Medical and sanitary report of the native army of Bengal for the year
Year: 1878
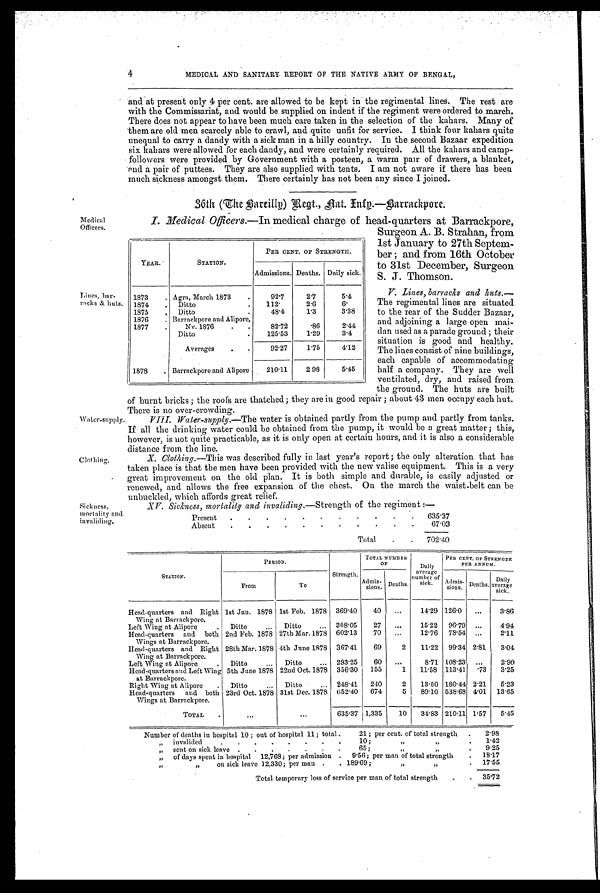
4
MEDICAL AND SANITARY REPORT OF THE NATIVE ARMY OF BENGAL,
Medical
Officers.
Lines, bar-
racks & huts
Water-supply.
Clothing.
and at present only 4 per cent. are allowed to be kept in the regimental lines. The rest are
with the Commissariat, and would be supplied on indent if the regiment were ordered to march.
There does not appear to have been much care taken in the selection of the kahars. Many of
them are old men scarcely able to crawl, and quite unfit for service. I think four kahars quite
unequal to carry a dandy with a sick man in a hilly country. In the second Bazaar expedition
six kahars were allowed for each dandy, and were certainly required. All the kahars and camp-
followers were provided by Government with a posteen, a warm pair of drawers, a blanket,
and a pair of puttees. They are also supplied with tents. I am not aware if there has been
much sickness amongst them. There certainly has not been any since I joined.
36th (The Bareillg) Regt., Nat. Infy.—Barrackpore.
I. Medical Off icers.— In medical charge of head-quarters at Barrackpore,
Surgeon A. B. Strahan, from
1st January to 27th Septem
-ber; and from 16th October
to 31st December, Surgeon
S. J. Thomson.
V. Lines, barpacks and huts
. —
T h e r e g i m e n t a l l i n e s a r e s i t u a t e d
to the rear of the Sudder Bazaar,
and adjoining a large open mai-
dan used as a parade ground; their
situation is good and healthy.
The lines consist of nine buildings,
each capable of accommodating
half a company. They are well
ventilated, dry, and raised from
the ground. The huts are built
of burnt bricks; the roofs are thatched; they are iu good repair; about 43 men occupy each hut.
There is no over-crowding.
V I I I .W
a t e r - s u p p l y . — T h e w a t e r i s o b t a i n e d p a r t l y f r o m t h e p u m p a n d p a r t l y f r o m t a n k s .
If all the drinking water could be obtained from the pump, it would be a great matter; this,
however, is not quite practicable, as it is only open at certain hours, and it is also a considerable
distance from the line.
X. Clothing.— This was described fully in last year's report; the only alteration that has
taken place is that the men have been provided with the new valise equipment. This is a very
great improvement on the old plan. It is both simple and durable, is easily adjusted or
renewed, and allows the free expansion of the chest. On the march the waist-belt can be
unbuckled, which affords great relief.
YEAR..
STATION.
PER CENT. OF STRENGTH.
Admissions. Deaths. Daily sick.
1873
. Agra, March 1873
.
92.7
2.7
5.4
1874
.
Ditto
.
112.
2.6
6.
1875
. Ditto
48.4
1.3
3.38
1876
. Barrackpore and Alipore,
1877
.
Nv. 1876
.
.
82.72
.86
2.44
Ditto
.
125.53
1.29
3.4
Averages
.
.
92.27
1.75
4.12
1878
. Barrackpore and Alipore
210.11
2.98
5.45
Sickness,
mortality and invaliding.
XV. Sickness. mortality and invaliding.— Strength of the regiment :—
Present
.
.
.
.
.
.
.
.
.
.
.
635.37
Absent
.
.
.
.
. . . . . . .
67.03
Total
.
.
702.40
STATION.
PERIOD.
Strength.
TOTAL NUMBER
OF
Daily
average
number of
sick.
PER CENT, OF STRENGTH
PER ANNUM.
Admis-
sions. Deaths.
Admis-
sions. Deaths.
Daily
average
sick.
From
To
Head-quarters And Right
Wing at Barrackpore.
1st Jan. 1878 1st Feb. 1878 369.40
40
...
14.29 126.0
...
3.86
Left Wing at Alipore
.
Ditto
...
Ditto
... 308.05
27
...
15.22
96.79 ...
4.94
Head-quarters and both
Wings at Barrackpore.
2nd Feb. 1878 27th Mar. 1878 602.13
70
...
12.76
78.54 ...
2.11
Head-quarters and Right
Wing at Barrackpore.
28th Mar. 1878 4th June 1878 367.41
69
2
11.22 99.34 2.81
3.04
Left Wing at Alipore
.
Ditto
...
Ditto
... 293.25
60
...
8.71 108.23 ...
2.90
Head-quarters and Left Wing
at Barrackpore.
5th June 1878 22nd Oct. 1878 356.30
155
1
11.58 113.41
. 73
3.25
Right Wing at Alipore
.
Ditto
...
Ditto
.. 248.41
240
2
13.00 180.44 2.21
5.23
Head-quarters and both
Wings at Barrackpore.
23rd Oct. 1878 31st Dec. 1878 052.40
674
5
89.10 538.68 4.01 13.65
TOTAL
.
...
...
635.37 1,335
10
34.83 210.11 1.57
5.45
Number of deaths in hospital 10; out of hospital 11; total .
21; per cent. of total strength
. .
2.98
,,
invalided
.
.
.
.
.
.
.
.
10;
22
.
1.42
„ sent on sick leave .
.
.
.
.
.
.
65;
.
9.25
„ of days spent in hospital 12,768; per admission .
9.56; per man of total strength
.
18.17
, ,
,,
on sick leave 12,330; per man .
. 189.69;
3,
,,
.
17.55
Total temporary loss of service per man of total strength
.
.
35.72